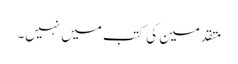
متقدمین کی کتب میں نہیں۔